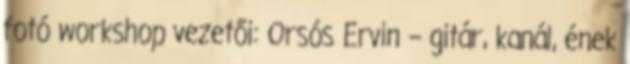
fotó workshop vezetői: Orsós Ervin – gitár, kanál, ének